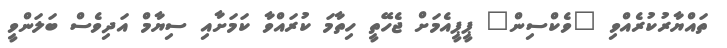
ތައްޔާރުކުރެއްވި "ވެކްސިން" ޕީޕީއެމަށް ޖެހޭތީ ހިތާމަ ކުރައްވާ ކަމަށާއި ސިޔާމް އަދިވެސް ބަލަންވީ